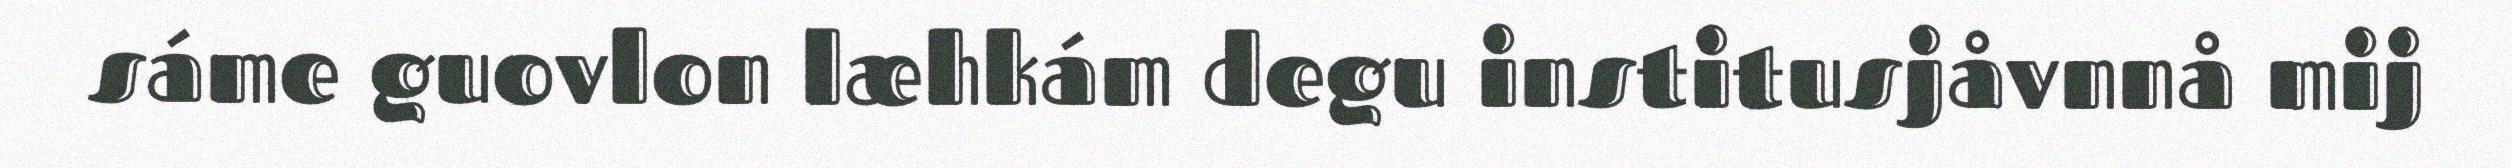
sáme guovlon læhkám degu institusjåvnnå mij